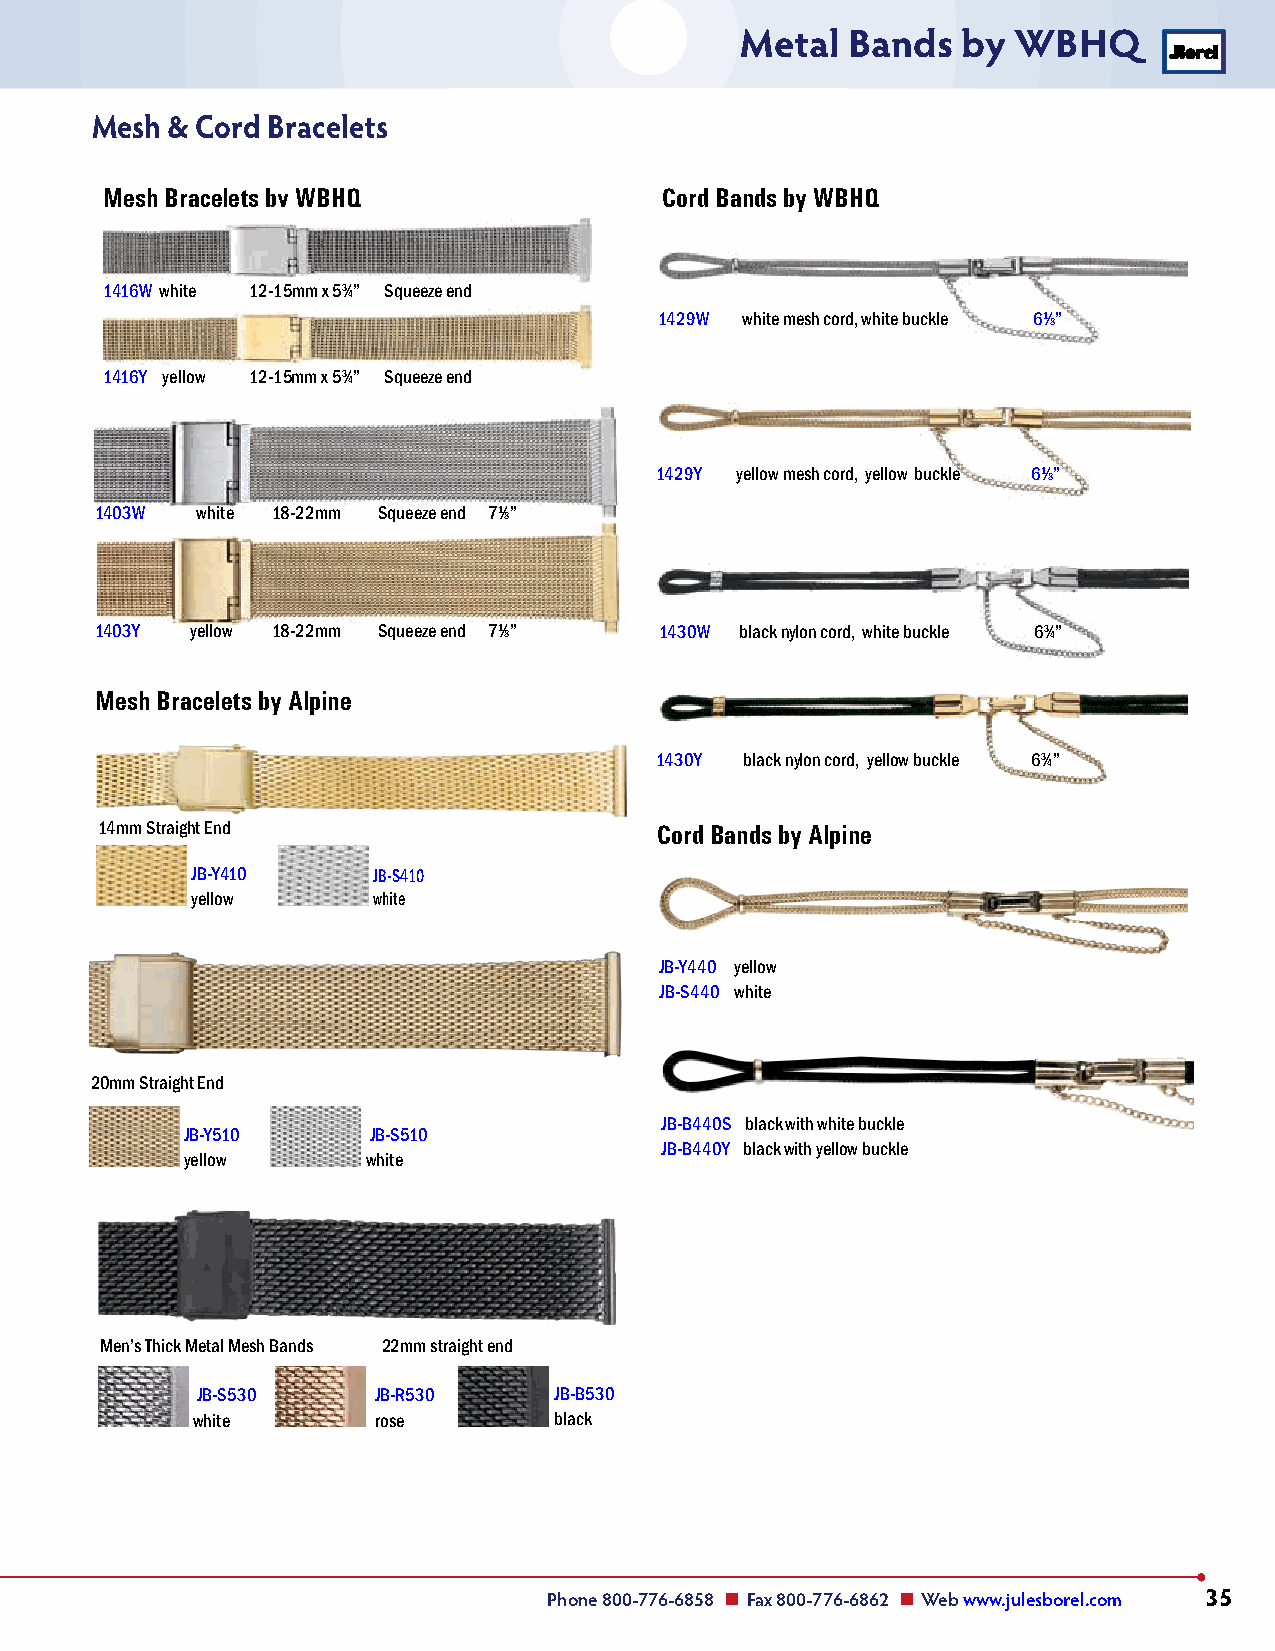
Metal  Bands   by WBHQ
 Mesh & Cord Bracelets
 Mesh Bracelets by WBHQ               Cord Bands by WBHQ
 1416W white 12-15mm x 53⁄4” Squeeze end
 1429W white mesh cord, white buckle 61⁄8”
 1416Y yellow 12-15mm x 53⁄4” Squeeze end
 1429Y yellow mesh cord, yellow buckle 61⁄8”
 1403W  white 18-22mm Squeeze end 71⁄8”
 1403Y  yellow 18-22mm Squeeze end 71⁄8” 1430W black nylon cord, white buckle 63⁄4”
 Mesh Bracelets by Alpine
 1430Y black nylon cord, yellow buckle 63⁄4”
 14mm Straight End                   Cord Bands by Alpine
 JB-Y410     JB-S410
 yellow      white
 JB-Y440 yellow
 JB-S440 white
 20mm Straight End
 JB-B440S black with white buckle
 JB-Y510     JB-S510
 JB-B440Y black with yellow buckle
 yellow      white
 Men’s Thick Metal Mesh Bands 22mm straight end
 JB-S530     JB-R530     JB-B530
 white       rose        black
 Phone 800-776-6858 n Fax 800-776-6862 n Web www.julesborel.com 35